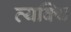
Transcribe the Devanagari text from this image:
व्यक्थि